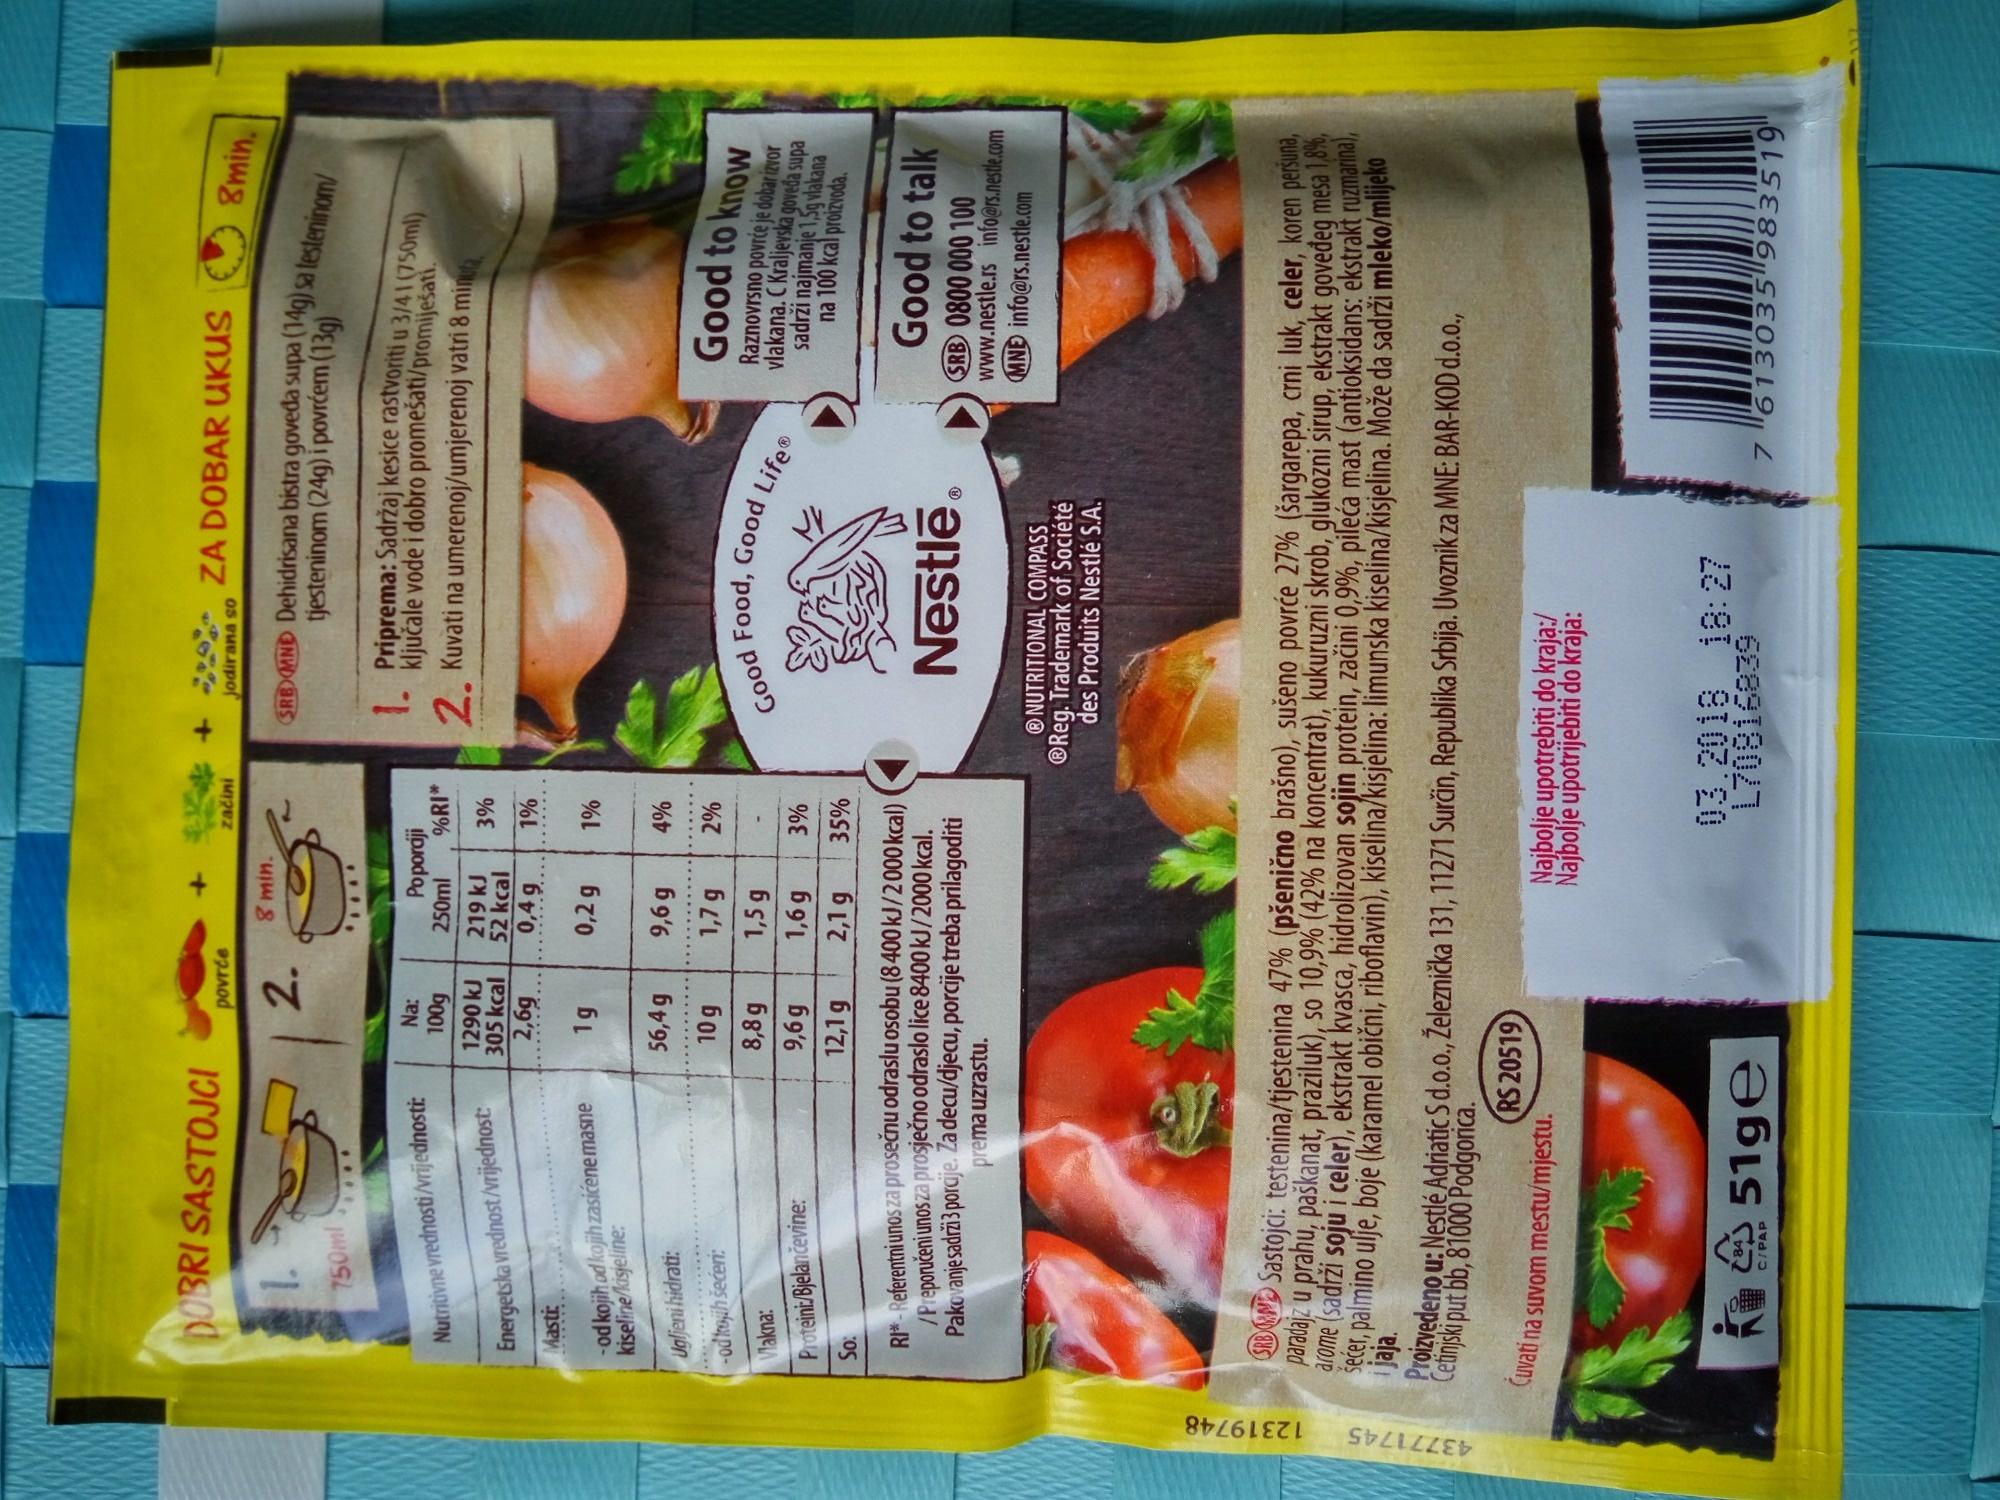
12319748
43771745
DOBRI SASTOJCI
1. 750ml
Nutritivne vrednosti/vrijednosti:
Energetska vrednost/vrijednost: Masti:
od kojih od kojih zasićene masne kiseline/kisjeline:
Ugljeni hidrati:
-od kojih šećeri:
Vlakna:
Proteini/Bjelančevine:
So:
84
C/PAP
povrće
2.
Na:
100g 1290 kJ 305 kcal
2,6g
1g
51ge
56,4 g
10 g
8,8g
9,6g
12,1 g
RS 20519
8 min.
začini
Poporciji
9,6 g
1,7 g
1,5 g
1,6 g
2,1 g
250ml
219 kJ 3%
52 kcal
0,4 g
1%
0,2 g
%RI*
1%
RI*-Referentni unos za prosečnu odraslu osobu (8400 kJ/2000 kcal) /Preporučeni unos za prosječno odraslo lice 8400 kJ/2000 kcal. Pakovanje sadrži 3 porcije. Za decu/djecu, porcije treba prilagoditi
prema uzrastu.
4%
2%
3%
35%
jodirana so
ZA DOBAR UKUS
SRB MND Dehidrisana bistra goveda supa (14g) sa testeninom/ tjesteninom (24g) i povrćem (13g)
1. Priprema: Sadržaj kesice rastvoriti u 3/41 (750ml) ključale vode i dobro promešati/promiješati.
2. Kuvati na umerenoj/umjerenoj vatri 8 minuta
Good Food, Good LifeⓇ
Nestlé®
NUTRITIONAL COMPASS Reg. Trademark of Société
des Produits Nestlé S.A.
8min.
RBM Sastojci: testenina/tjestenina 47% (pšenično brašno), sušeno povrće 27% (šargarepa, crni luk, celer, koren peršuna, paradajz u prahu, paškanat, praziluk), so 10,9% (42% na koncentrat), kukuruzni skrob, glukozni sirup, ekstrakt goveđeg mesa 1,8%, arome (sadrži soju i celer), ekstrakt kvasca, hidrolizovan sojin protein, začini 0,9%, pileća mast (antioksidans: ekstrakt ruzmarina), secer, palmino ulje, boje (karamel obični, riboflavin), kiselina/kisjelina: limunska kiselina/kisjelina. Može da sadrži mleko/mlijeko Proizvedeno u: Nestlé Adriatic S d.o.o., Železnička 131, 11271 Surčin, Republika Srbija. Uvoznik za MNE: BAR-KOD d.o.o.,
i jaja.
Cetinjski put bb, 81000 Podgorica.
Cuvati na suvom mestu/mjestu.
Najbolje upotrebiti do kraja:/ Najbolje upotrijebiti do kraja:
03.2018 18:27 L70816839
Good to know Raznovrsno povrće je dobar izvor vlakana. C Kraljevska goveda supa sadrži najmanje 1,5g vlakana na 100 kcal proizvoda.
Good to talk
SRB 0800 000 100 www.nestle.rs info@rs.nestle.com MNE info@rs.nestle.com
7 613035 983519